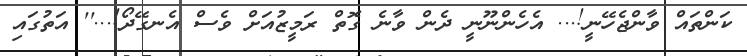
ކަންތައް ވާންޖެހޭނީ!... އެހެންނޫނީ ދެން ވާނެ ގޮތް ރަމީޒުއަށް ވެސް އެނގޭދޯ!...'' އަތުގައި